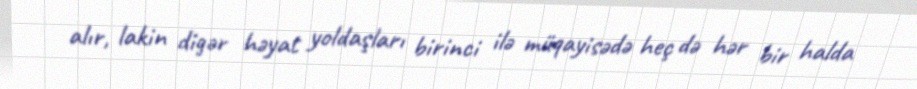
alır, lakin digər həyat yoldaşları birinci ilə müqayisədə heç də hər bir halda